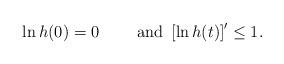
LaTeX: \begin{align*}\ln h(0)=0 \qquad\mbox{ and }\left[\ln h(t) \right]'\leq 1.\end{align*}